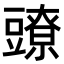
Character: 𧰉